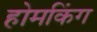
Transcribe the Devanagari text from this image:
होमकिंग